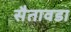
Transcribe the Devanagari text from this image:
सैतावडा